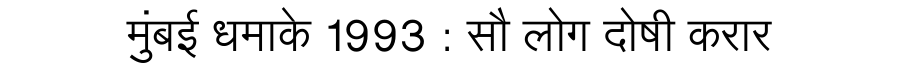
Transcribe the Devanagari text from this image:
मुंबई धमाके 1993 : सौ लोग दोषी करार